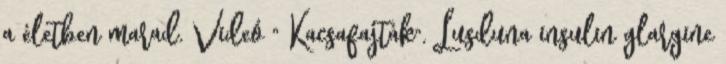
a életben marad. Videó " Kacsafajták". Lusduna insulin glargine